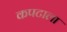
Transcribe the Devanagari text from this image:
कपटाला